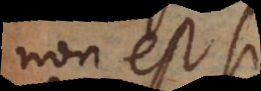
non est si